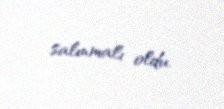
salınmalı oldu.